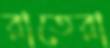
রাতেরা